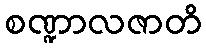
စဏ္ဍာလဇာတိ